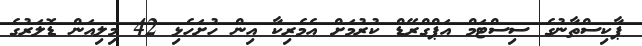
ޕާކިސްތާނުގެ ސިސްޓަމް އަޕްގްރޭޑް ކުރުމަށް އެމެރިކާ އިން ހުށަހެޅި 42 މިލިއަން ޑޮލަރުގެ